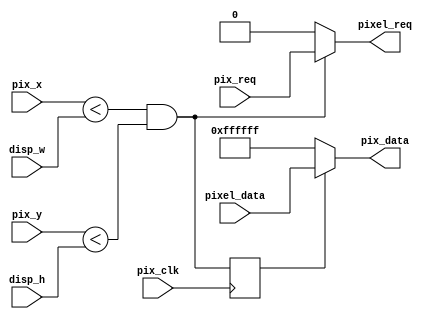
module video_display#(
    parameter IMAGE_WIDTH   = 5'd11       // 
)(
    input                               pix_clk     ,

    input   wire    [IMAGE_WIDTH-1:0]   pix_x       ,
    input   wire    [IMAGE_WIDTH-1:0]   pix_y       ,
    input   wire                        pix_req     ,
    output  reg     [23:0]              pix_data    ,

    input   wire    [IMAGE_WIDTH-1:0]   disp_w      ,
    input   wire    [IMAGE_WIDTH-1:0]   disp_h      ,

    output  reg                         pixel_req   ,
    input   wire    [23:0]              pixel_data  
);
/*************************parameter**************************/
localparam WHITE  = 24'b11111111_11111111_11111111;  //RGB888 
localparam BLACK  = 24'b00000000_00000000_00000000;  //RGB888 
localparam RED    = 24'b11111111_00001100_00000000;  //RGB888 
localparam GREEN  = 24'b00000000_11111111_00000000;  //RGB888 
localparam BLUE   = 24'b00000000_00000000_11111111;  //RGB888 
localparam YELLOW = 24'b11111111_11111111_00000000;  //RGB888 
localparam PURPLE = 24'b11111111_00000000_11111111;  //RGB888 
localparam CYAN   = 24'b00000000_11111111_11111111;  //RGB888 

/****************************wire****************************/
wire            req_valid   ;
reg             data_valid  ;

/********************combinational logic*********************/
assign req_valid = (pix_x < disp_w) && (pix_y < disp_h);

/**************************process***************************/
always@(posedge pix_clk)
begin
    data_valid <= req_valid;
end

always@(*)
begin
    if(data_valid)
        pix_data = pixel_data;
    else
        pix_data = WHITE;
end

always@(*)
begin
    if(req_valid)
        pixel_req = pix_req;
    else
        pixel_req = 1'b0;
end

endmodule